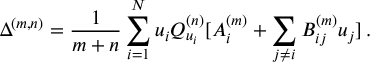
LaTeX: \Delta ^ { ( m , n ) } = \frac { 1 } { m + n } \sum _ { i = 1 } ^ { N } u _ { i } Q _ { u _ { i } } ^ { ( n ) } [ A _ { i } ^ { ( m ) } + \sum _ { j \neq i } B _ { i j } ^ { ( m ) } u _ { j } ] \, .